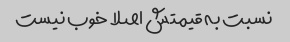
نسبت به قیمتش اصلا خوب نیست